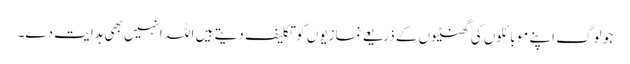
جو لوگ اپنے موبائلوں کی گھنٹیوں کے ذریعے نمازیوں کو تکلیف دیتے ہیں اللہ انہیں بھی ہدایت دے۔